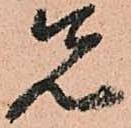
先